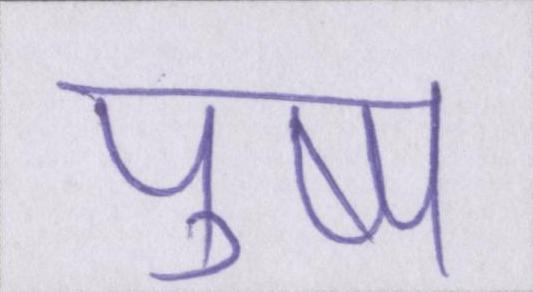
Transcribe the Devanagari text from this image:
पुष्प